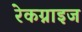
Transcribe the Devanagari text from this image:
रेकग्नाइज